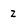
Character: z